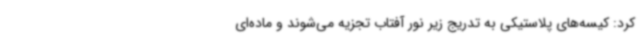
کرد: کیسه‌های پلاستیکی به تدریج زیر نور آفتاب تجزیه می‌شوند و ماده‌ای